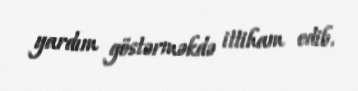
yardım göstərməkdə ittiham edib.